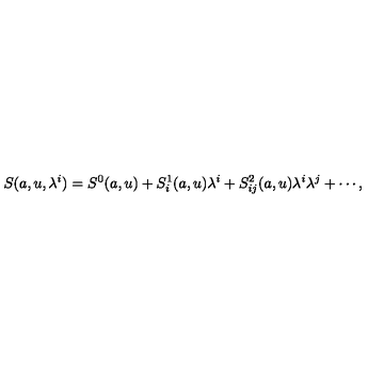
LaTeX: S ( a , u , \lambda ^ { i } ) = S ^ { 0 } ( a , u ) + S _ { i } ^ { 1 } ( a , u ) \lambda ^ { i } + S _ { i j } ^ { 2 } ( a , u ) \lambda ^ { i } \lambda ^ { j } + \cdots ,